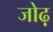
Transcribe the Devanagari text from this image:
जोढ़